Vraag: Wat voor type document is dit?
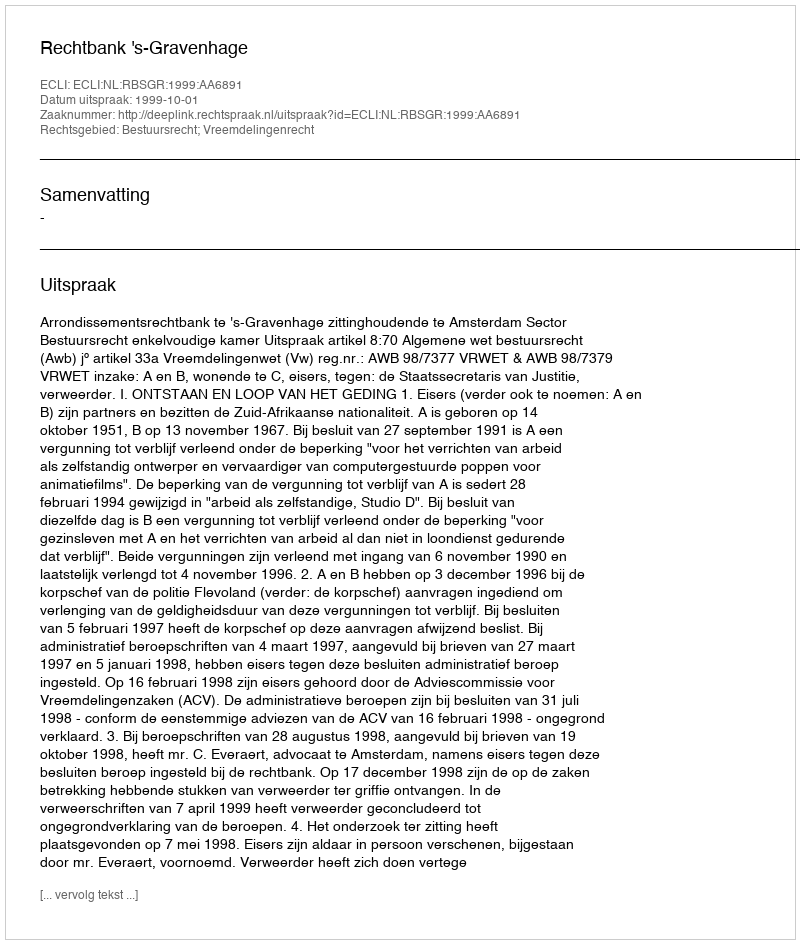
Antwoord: Uitspraak